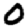
Digit: 0